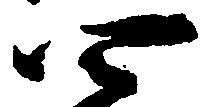
四